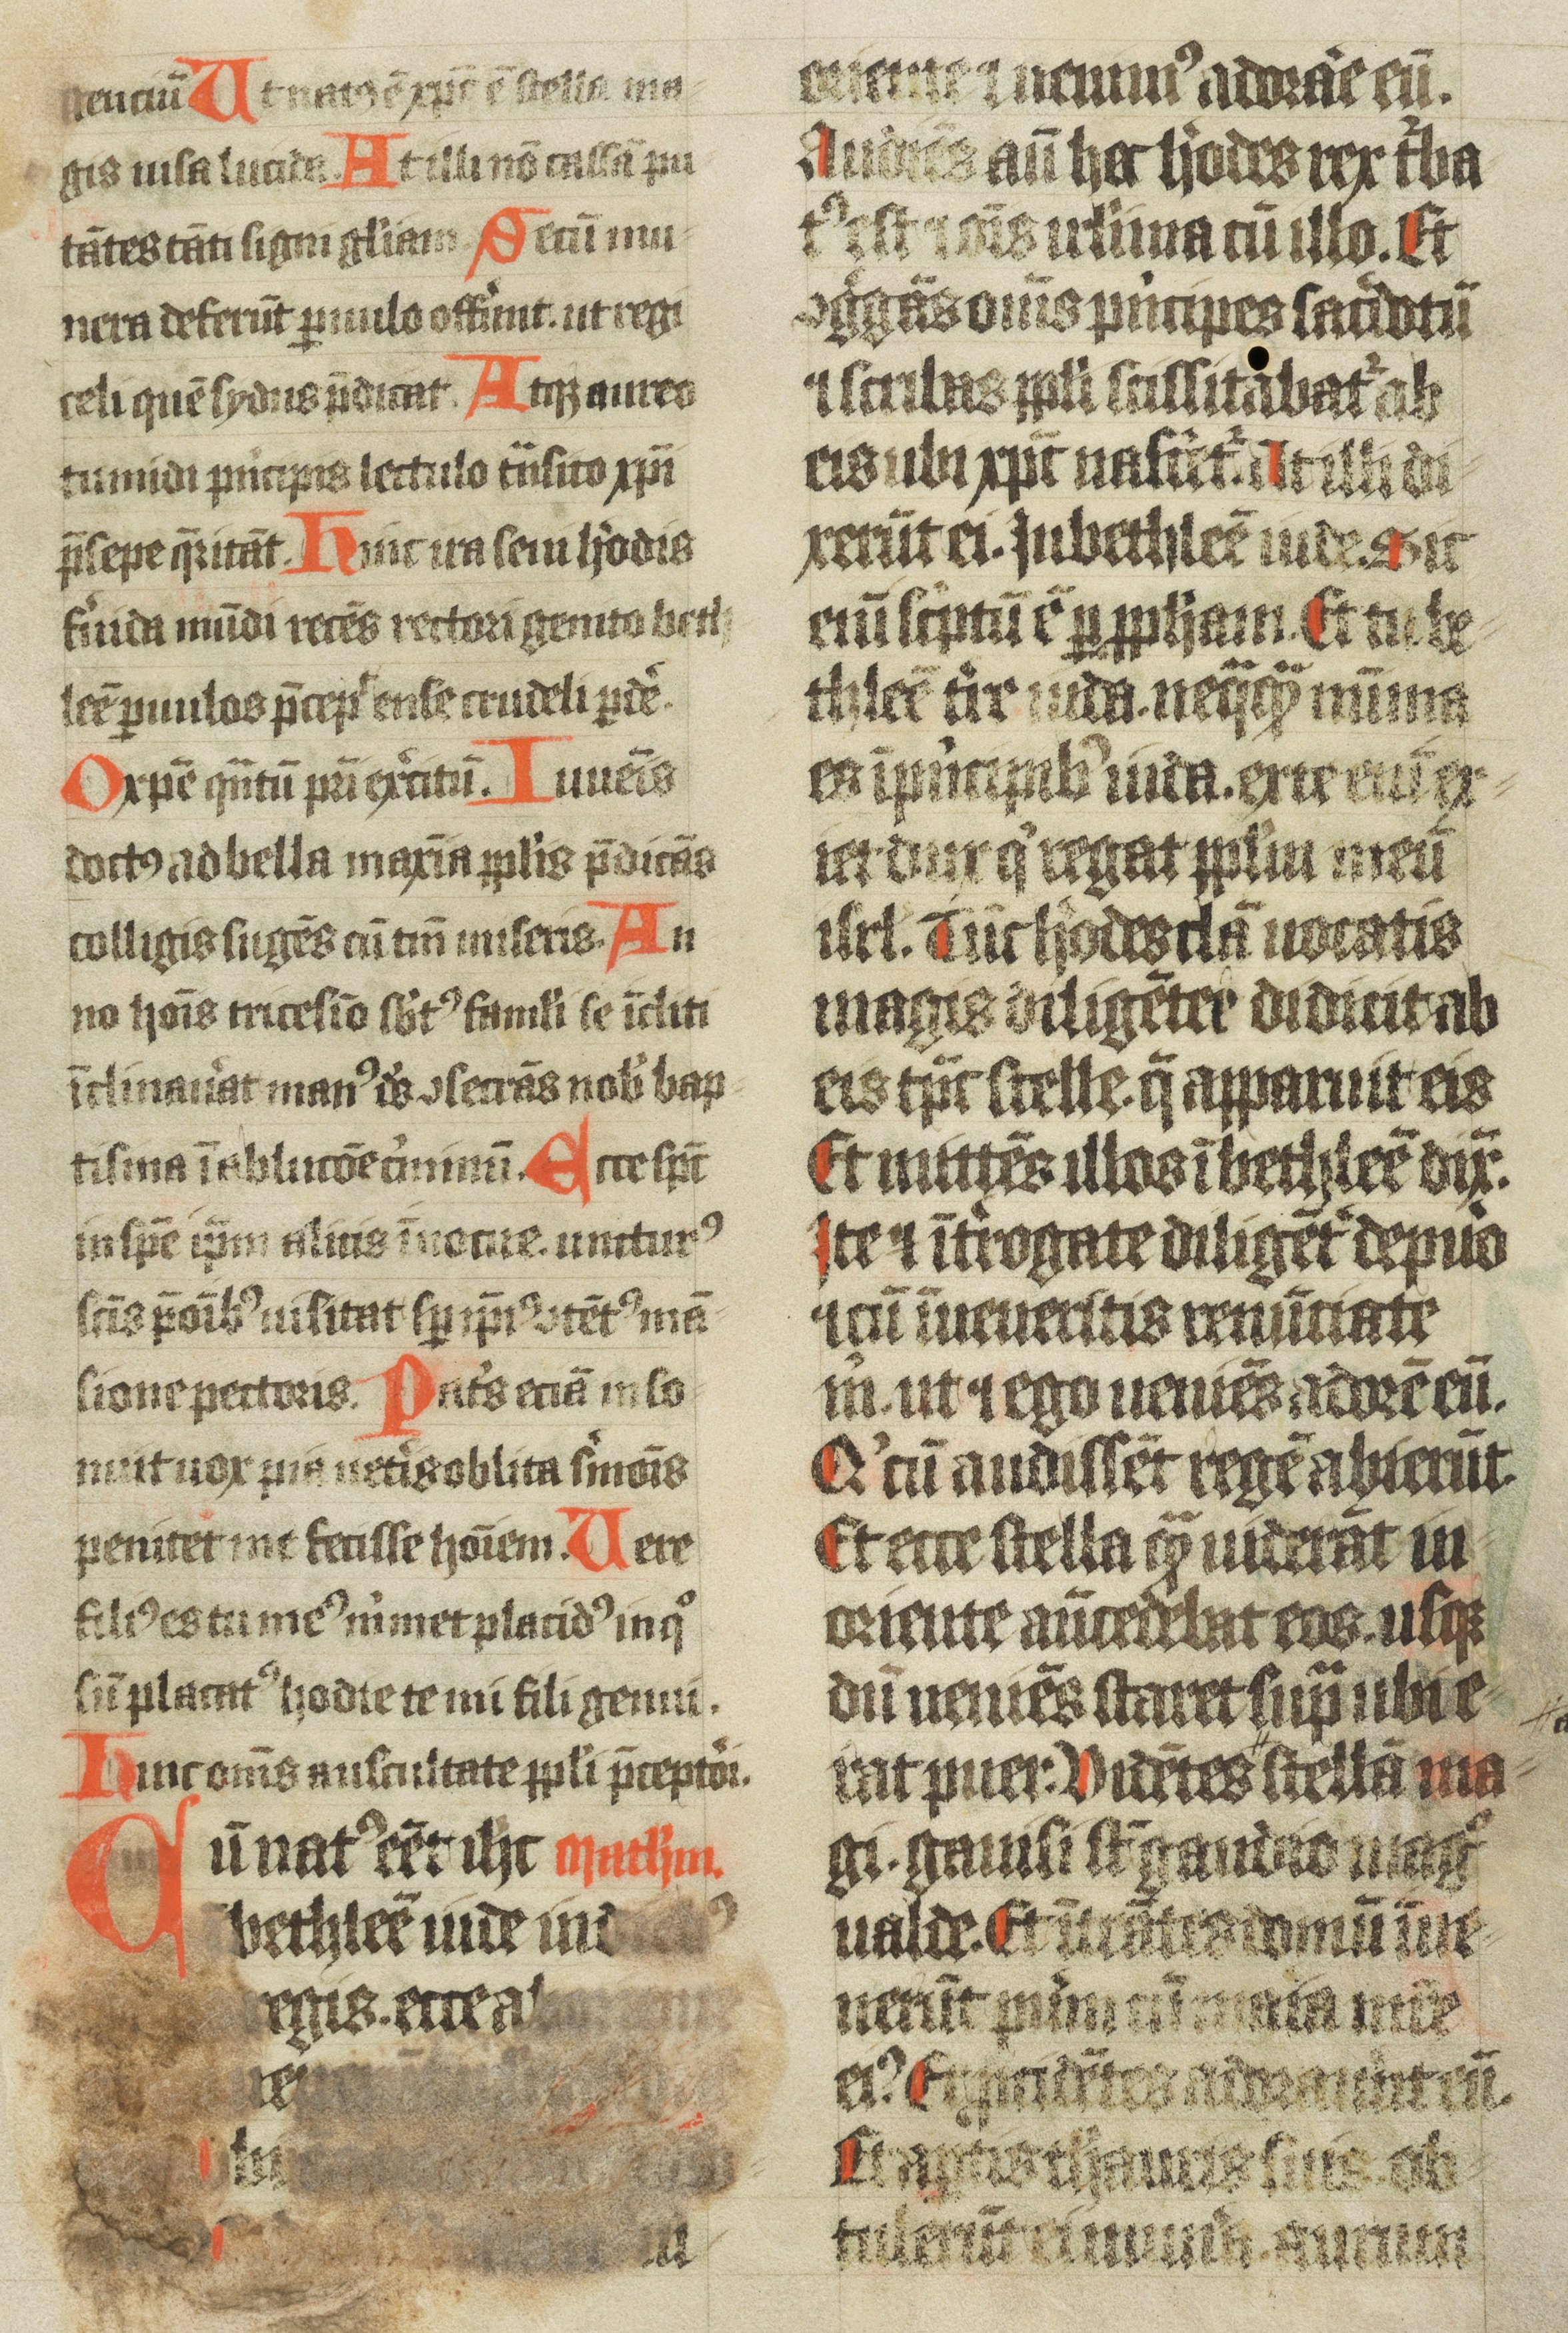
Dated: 1438–1439